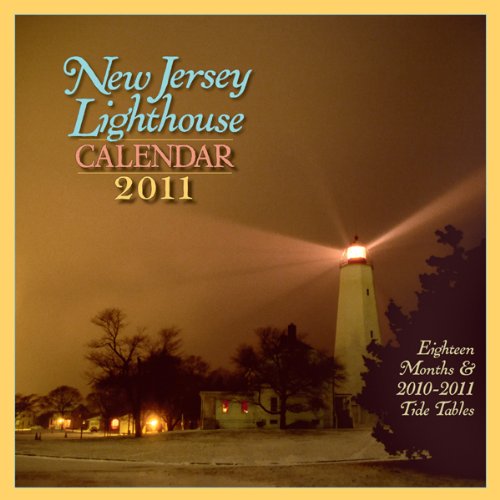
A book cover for New Jersey Lighthouse Calendar 2011; Down The Shore; Calendars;